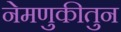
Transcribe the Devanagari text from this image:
नेमणुकीतुन